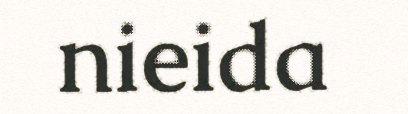
nieida